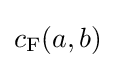
c_{\rm {F}}(a,b)